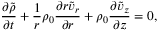
\frac { \partial \tilde { \rho } } { \partial t } + \frac { 1 } { r } \rho _ { 0 } \frac { \partial r \tilde { v } _ { r } } { \partial r } + \rho _ { 0 } \frac { \partial \tilde { v } _ { z } } { \partial z } = 0 ,